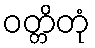
ဝတ္တိတုံ